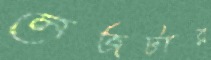
লেজটার